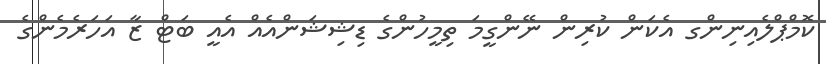
ކޮމްޕްލެއިނިންގ އެކަން ކުރިން ނޭންގީމަ ތިމީހުންގެ ޑިޝިޝަންއެއް އެއީ ބަޓް ޒާ އަހަރެމެންގެ